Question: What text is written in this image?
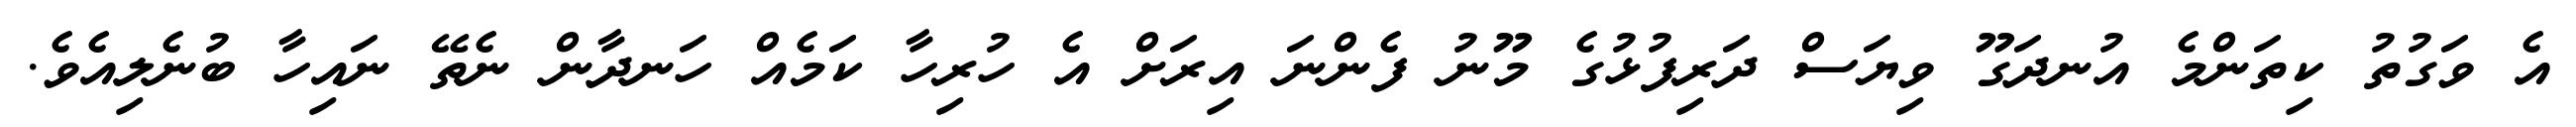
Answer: އެ ވަގުތު ކިތަންމެ އުނދަގޫ ވިޔަސް ދަރިފުޅުގެ މޫނު ފެންނަ އިރަށް އެ ހުރިހާ ކަމެއް ހަނދާން ނެތޭ ނައިހާ ބުނެލިއެވެ.